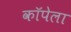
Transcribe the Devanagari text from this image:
कॉपेला